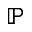
\mathbb { P }